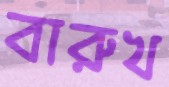
বারুখ